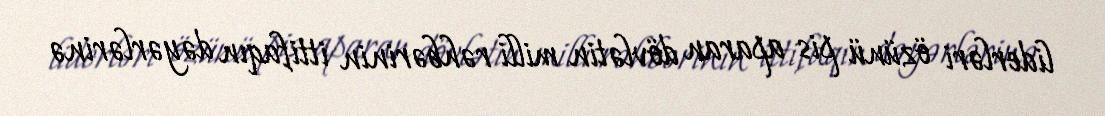
liderləri özünü pis aparan dövlətin milli rəhbərinin ittifaqın dəyərlərinə